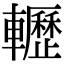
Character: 轣